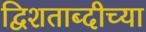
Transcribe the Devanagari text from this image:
द्विशताब्दीच्या